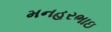
મનહરભાઇ